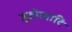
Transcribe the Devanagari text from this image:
जुहोत्यादि